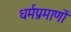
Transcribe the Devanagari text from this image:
धर्मप्रमाणों